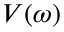
V ( \omega )